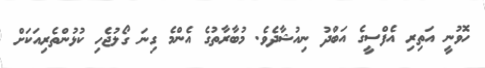
ހޮވުނީ އަތިރި އެފްސީގެ އަބްދު ނިއުޝާދެވެ. މުބާރާތުގެ އެންމެ ގިނަ ގޯލުޖެހި ކުޅުންތެރިއަކަށް